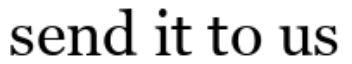
send it to us